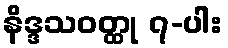
နိဒ္ဒသဝတ္ထု ၇-ပါး